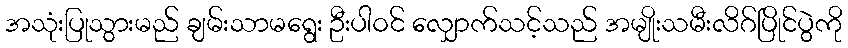
အသုံးပြုသွားမည် ချမ်းသာမရွေး ဦးပါဝင် လျှောက်သင့်သည် အမျိုးသမီးလိဂ်ပြိုင်ပွဲကို